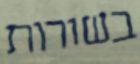
בשורות